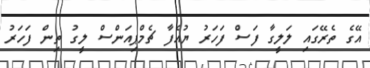
އޭގެ ތެރޭގައި ލަލީގާ ފަސް ފަހަރު ޔުއެފާ ޗެމްޕިއަންސް ލީގު ތިން ފަހަރު